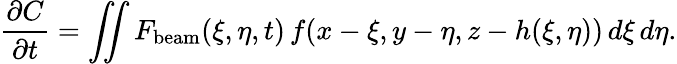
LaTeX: \frac{\partial C}{\partial t}=\iint F_{\mathrm{beam}}(\xi,\eta,t)\, f(x-\xi,y-\eta,z-h(\xi,\eta))\, d\xi\, d\eta.